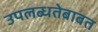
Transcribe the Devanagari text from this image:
उपलब्धतेबाबत